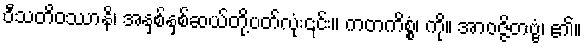
ဝီသတိဝဿာနိ၊ အနှစ်နှစ်ဆယ်တို့ပတ်လုံး၎င်း။ ကတကိစ္စံ၊ ကို။ အာဝဇ္ဇိတဗ္ဗံ၊ ၏။